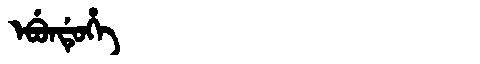
Manchu: ᡝᠪᡠᠨᡩᡠᡥᡝ
Romanization: EBUNDUHE